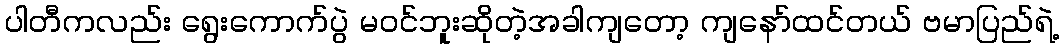
ပါတီကလည်း ရွေးကောက်ပွဲ မဝင်ဘူးဆိုတဲ့အခါကျတော့ ကျနော်ထင်တယ် ဗမာပြည်ရဲ့